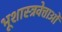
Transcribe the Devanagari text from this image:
भूशास्त्रवेत्ताओं